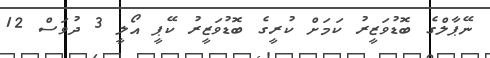
ނޭޕާލްގެ ބޮޑުވަޒީރު ކަމަށް ކުރީގެ ބޮޑުވަޒީރު ކޭޕީ އޯލީ 3 ދުވަސް 12